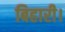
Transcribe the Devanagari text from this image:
बिहारी।